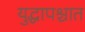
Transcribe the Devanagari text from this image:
युद्धापश्चात